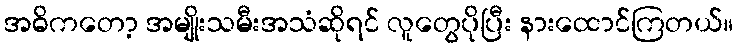
အဓိကတော့ အမျိုးသမီးအသံဆိုရင် လူတွေပိုပြီး နားထောင်ကြတယ်။